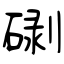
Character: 䃗